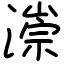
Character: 漴